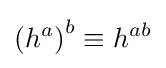
\left(h^{a}\right)^{b}\equiv h^{ab}